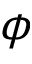
\phi